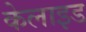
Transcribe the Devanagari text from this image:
केलाइड